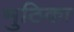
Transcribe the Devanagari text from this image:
मुठिका